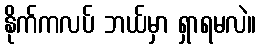
နိုက်ကလပ် ဘယ်မှာ ရှာရမလဲ။